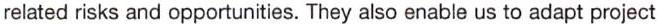
related risks and opportunities. They also enable us to adapt project